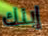
إبنك